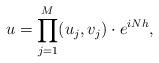
LaTeX: \begin{align*} u=\prod_{j=1}^M (u_j,v_j)\cdot e^{iNh}, \end{align*}